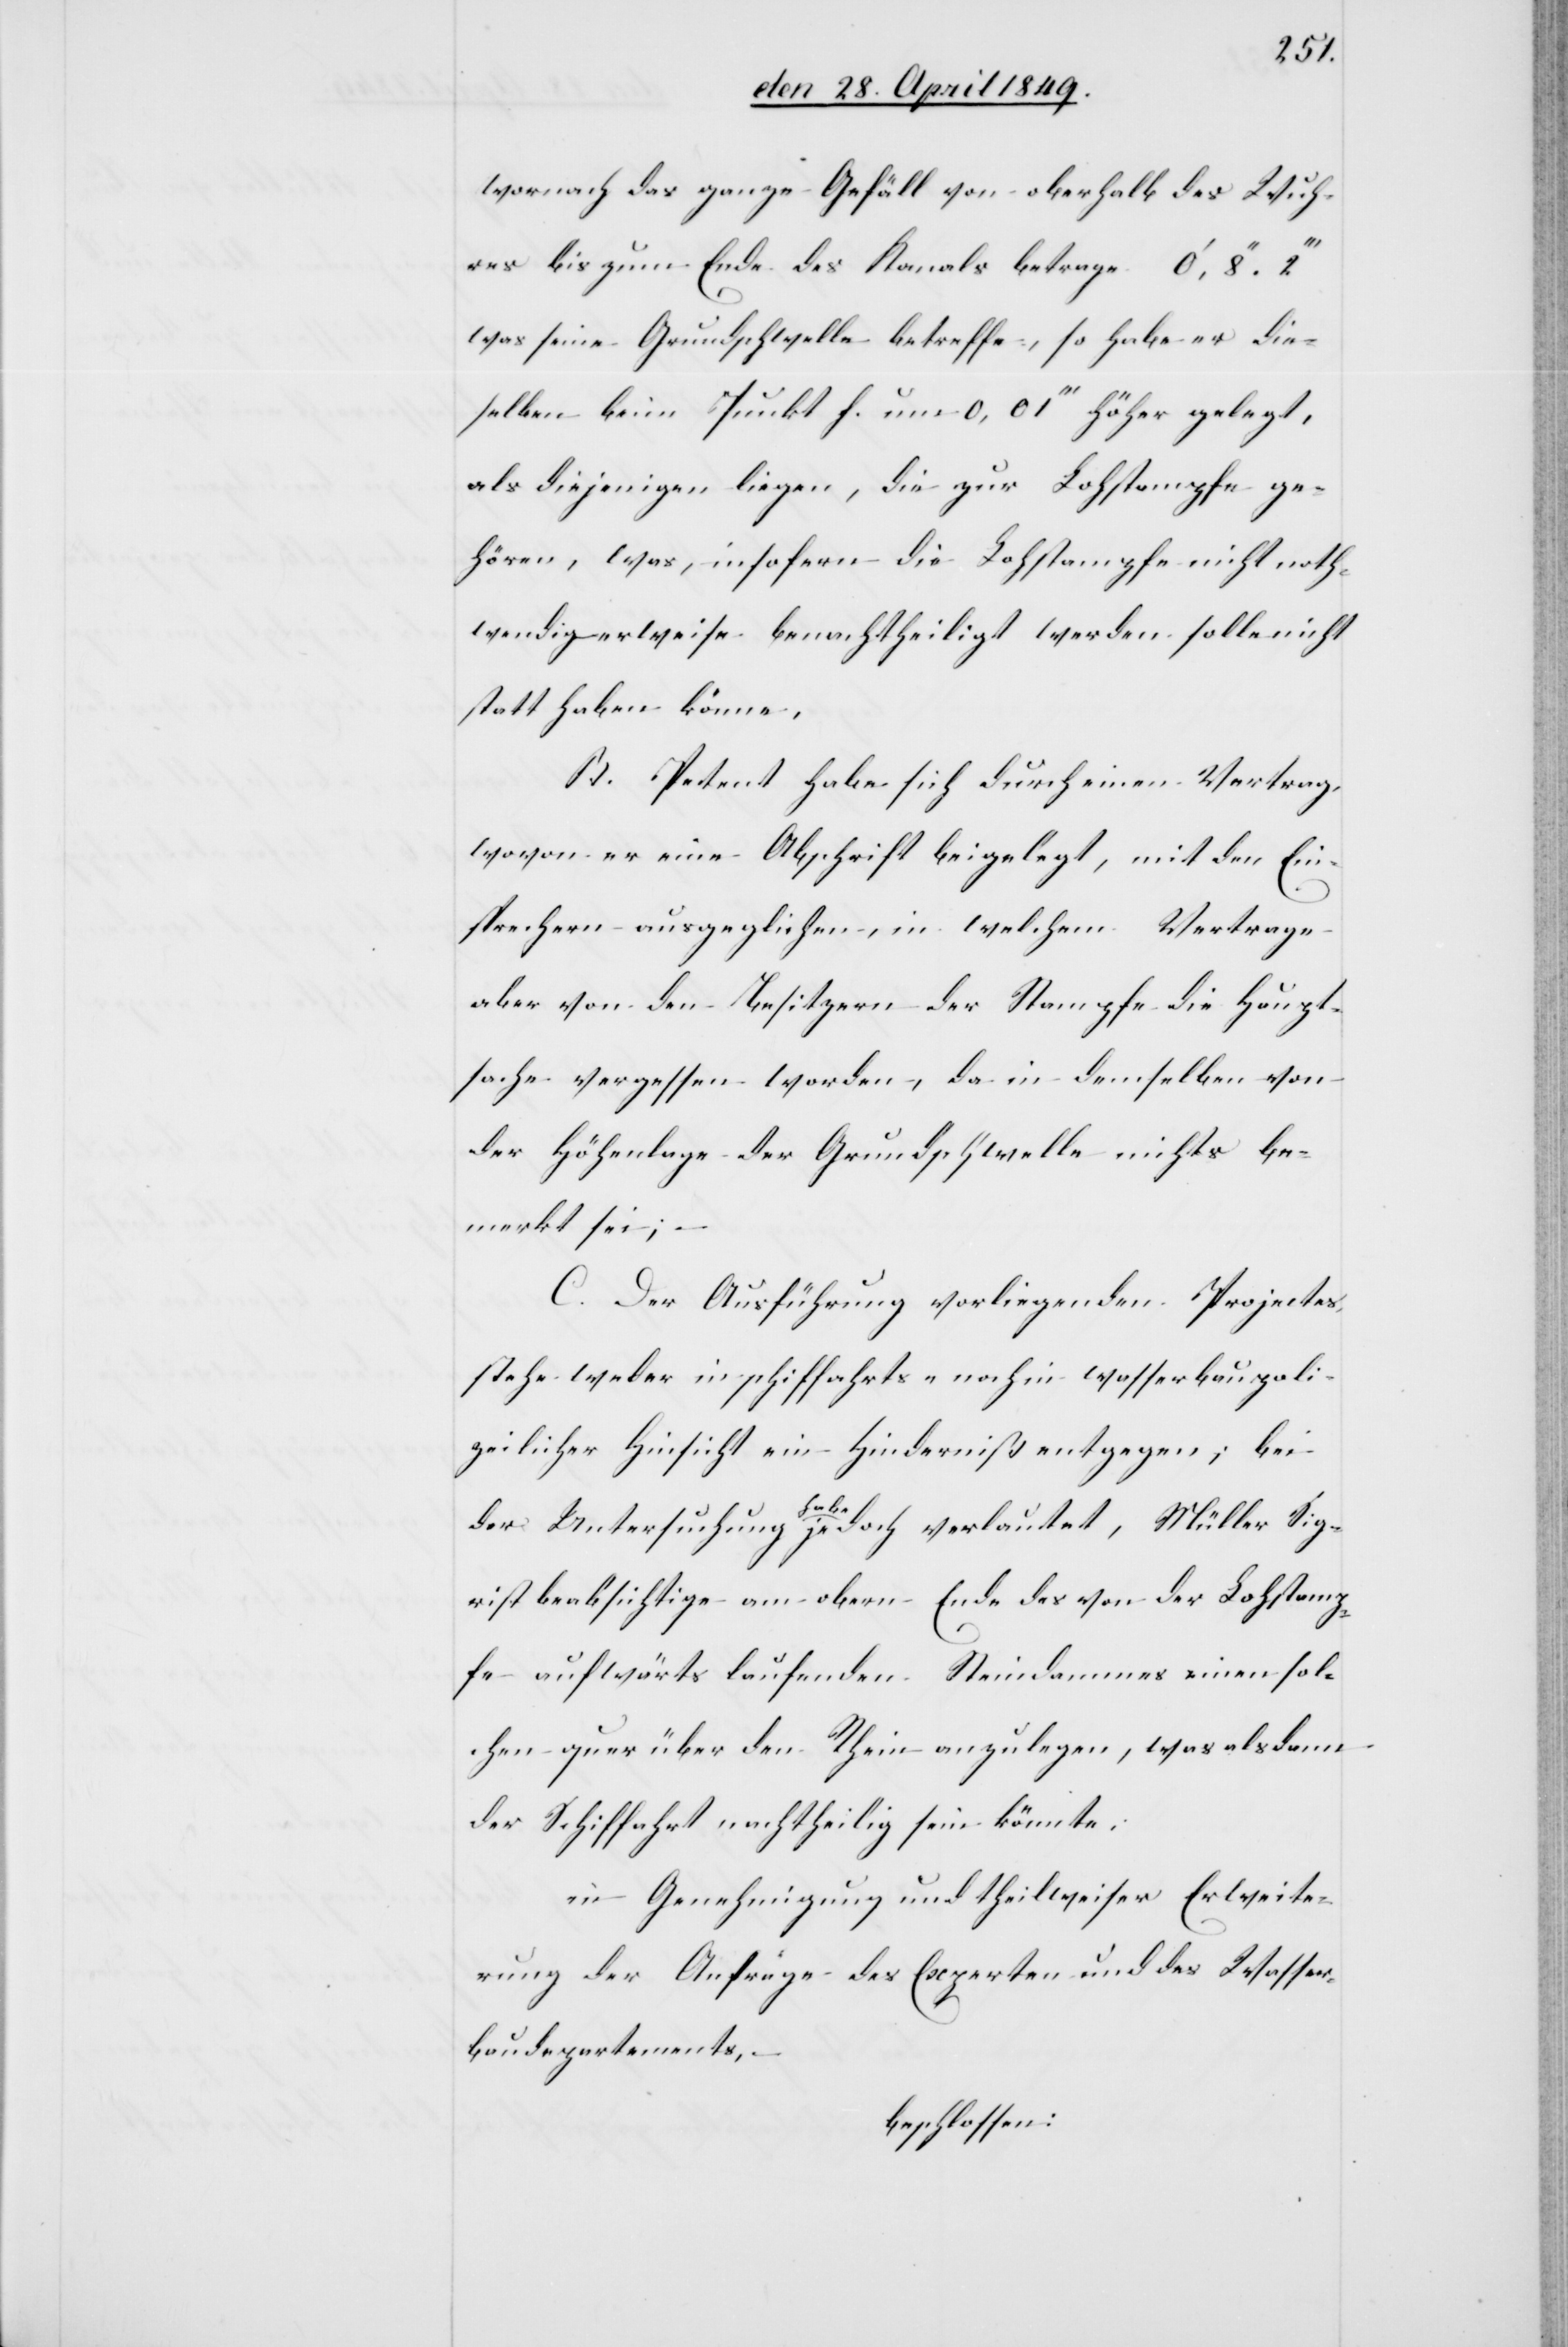
wornach das ganze Gefäll von oberhalb des Wuh¬
res bis zum Ende des Kanals betrage
was seine Grundschwelle betreffe, so habe er die¬
selben beim Punkt f. um 0,01‘‘‘ höher gelegt,
als diejenigen liegen, die zur Lohstampfe ge¬
hören, was, insofern die Lohstampfe nicht noth¬
wendigerweise benachtheiligt werden solle nicht
statthaben könne.
B. Petent habe sich durch einen Vertag,
wovon er eine Abschrift beigelegt, mit den Ein¬
sprechern ausgeglichen, in welchem Vertrage
aber von den Besitzern der Stampfe die Haupt¬
sache vergessen worden, da in demselben von
der Höhenlage der Grundschwelle nichts be¬
merkt sei;
C. Der Ausführung vorliegenden Projectes,
stehe weder in schiffahrts- noch in wasserbaupoli¬
zeilicher Hinsicht ein Hinderniß entgegen; bei
der Untersuchung habe jedoch verlautet, Müller Sig¬
rist beabsichtige am obern Ende des von der Lohstamp¬
fe aufwärts laufenden Steindammes einen sol¬
chen quer über den Rhein anzulegen, was alsdann
der Schiffahrt nachtheilig sein könnte.
in Genehmigung und theilweiser Erweite¬
rung der Anfrage des Experten und des Wasser¬
baudepartements, –